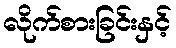
လိုက်စားခြင်းနှင့်